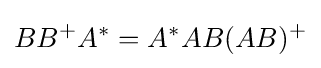
BB^{+}A^{*}=A^{*}AB(AB)^{+}